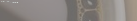
خدمة التنظيف الجاف للمفرو